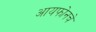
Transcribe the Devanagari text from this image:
आयफोनचे